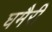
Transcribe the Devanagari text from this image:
घमैरी